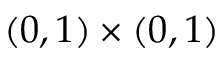
( 0 , 1 ) \times ( 0 , 1 )